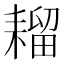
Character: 𫅾